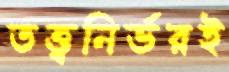
তত্ত্বনির্ভরই